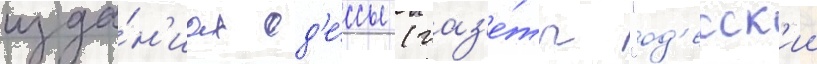
изда́н'иах од'е́ссы (газ'е́ты "од'есск'ии